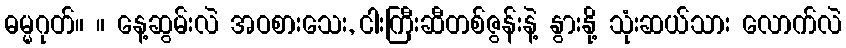
ဓမ္မဂုတ်။ ။ နေ့ဆွမ်းလဲ အဝစားသေး, ငါးကြီးဆီတစ်ဇွန်းနဲ့ နွားနို့ သုံးဆယ်သား လောက်လဲ